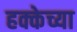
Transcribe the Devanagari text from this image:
हक्केच्या